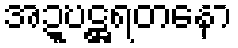
အဍ္ဎဋ္ဌရတနော